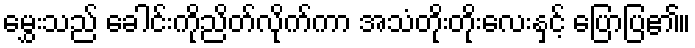
မွှေးသည် ခေါင်းကိုညိတ်လိုက်ကာ အသံတိုးတိုးလေးနှင့် ပြောပြ၏။